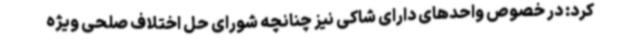
کرد: در خصوص واحدهای دارای شاکی نیز چنانچه شورای حل اختلاف صلحی ویژه